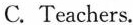
B. has 19 pages